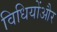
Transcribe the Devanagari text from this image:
विधियोंऔर